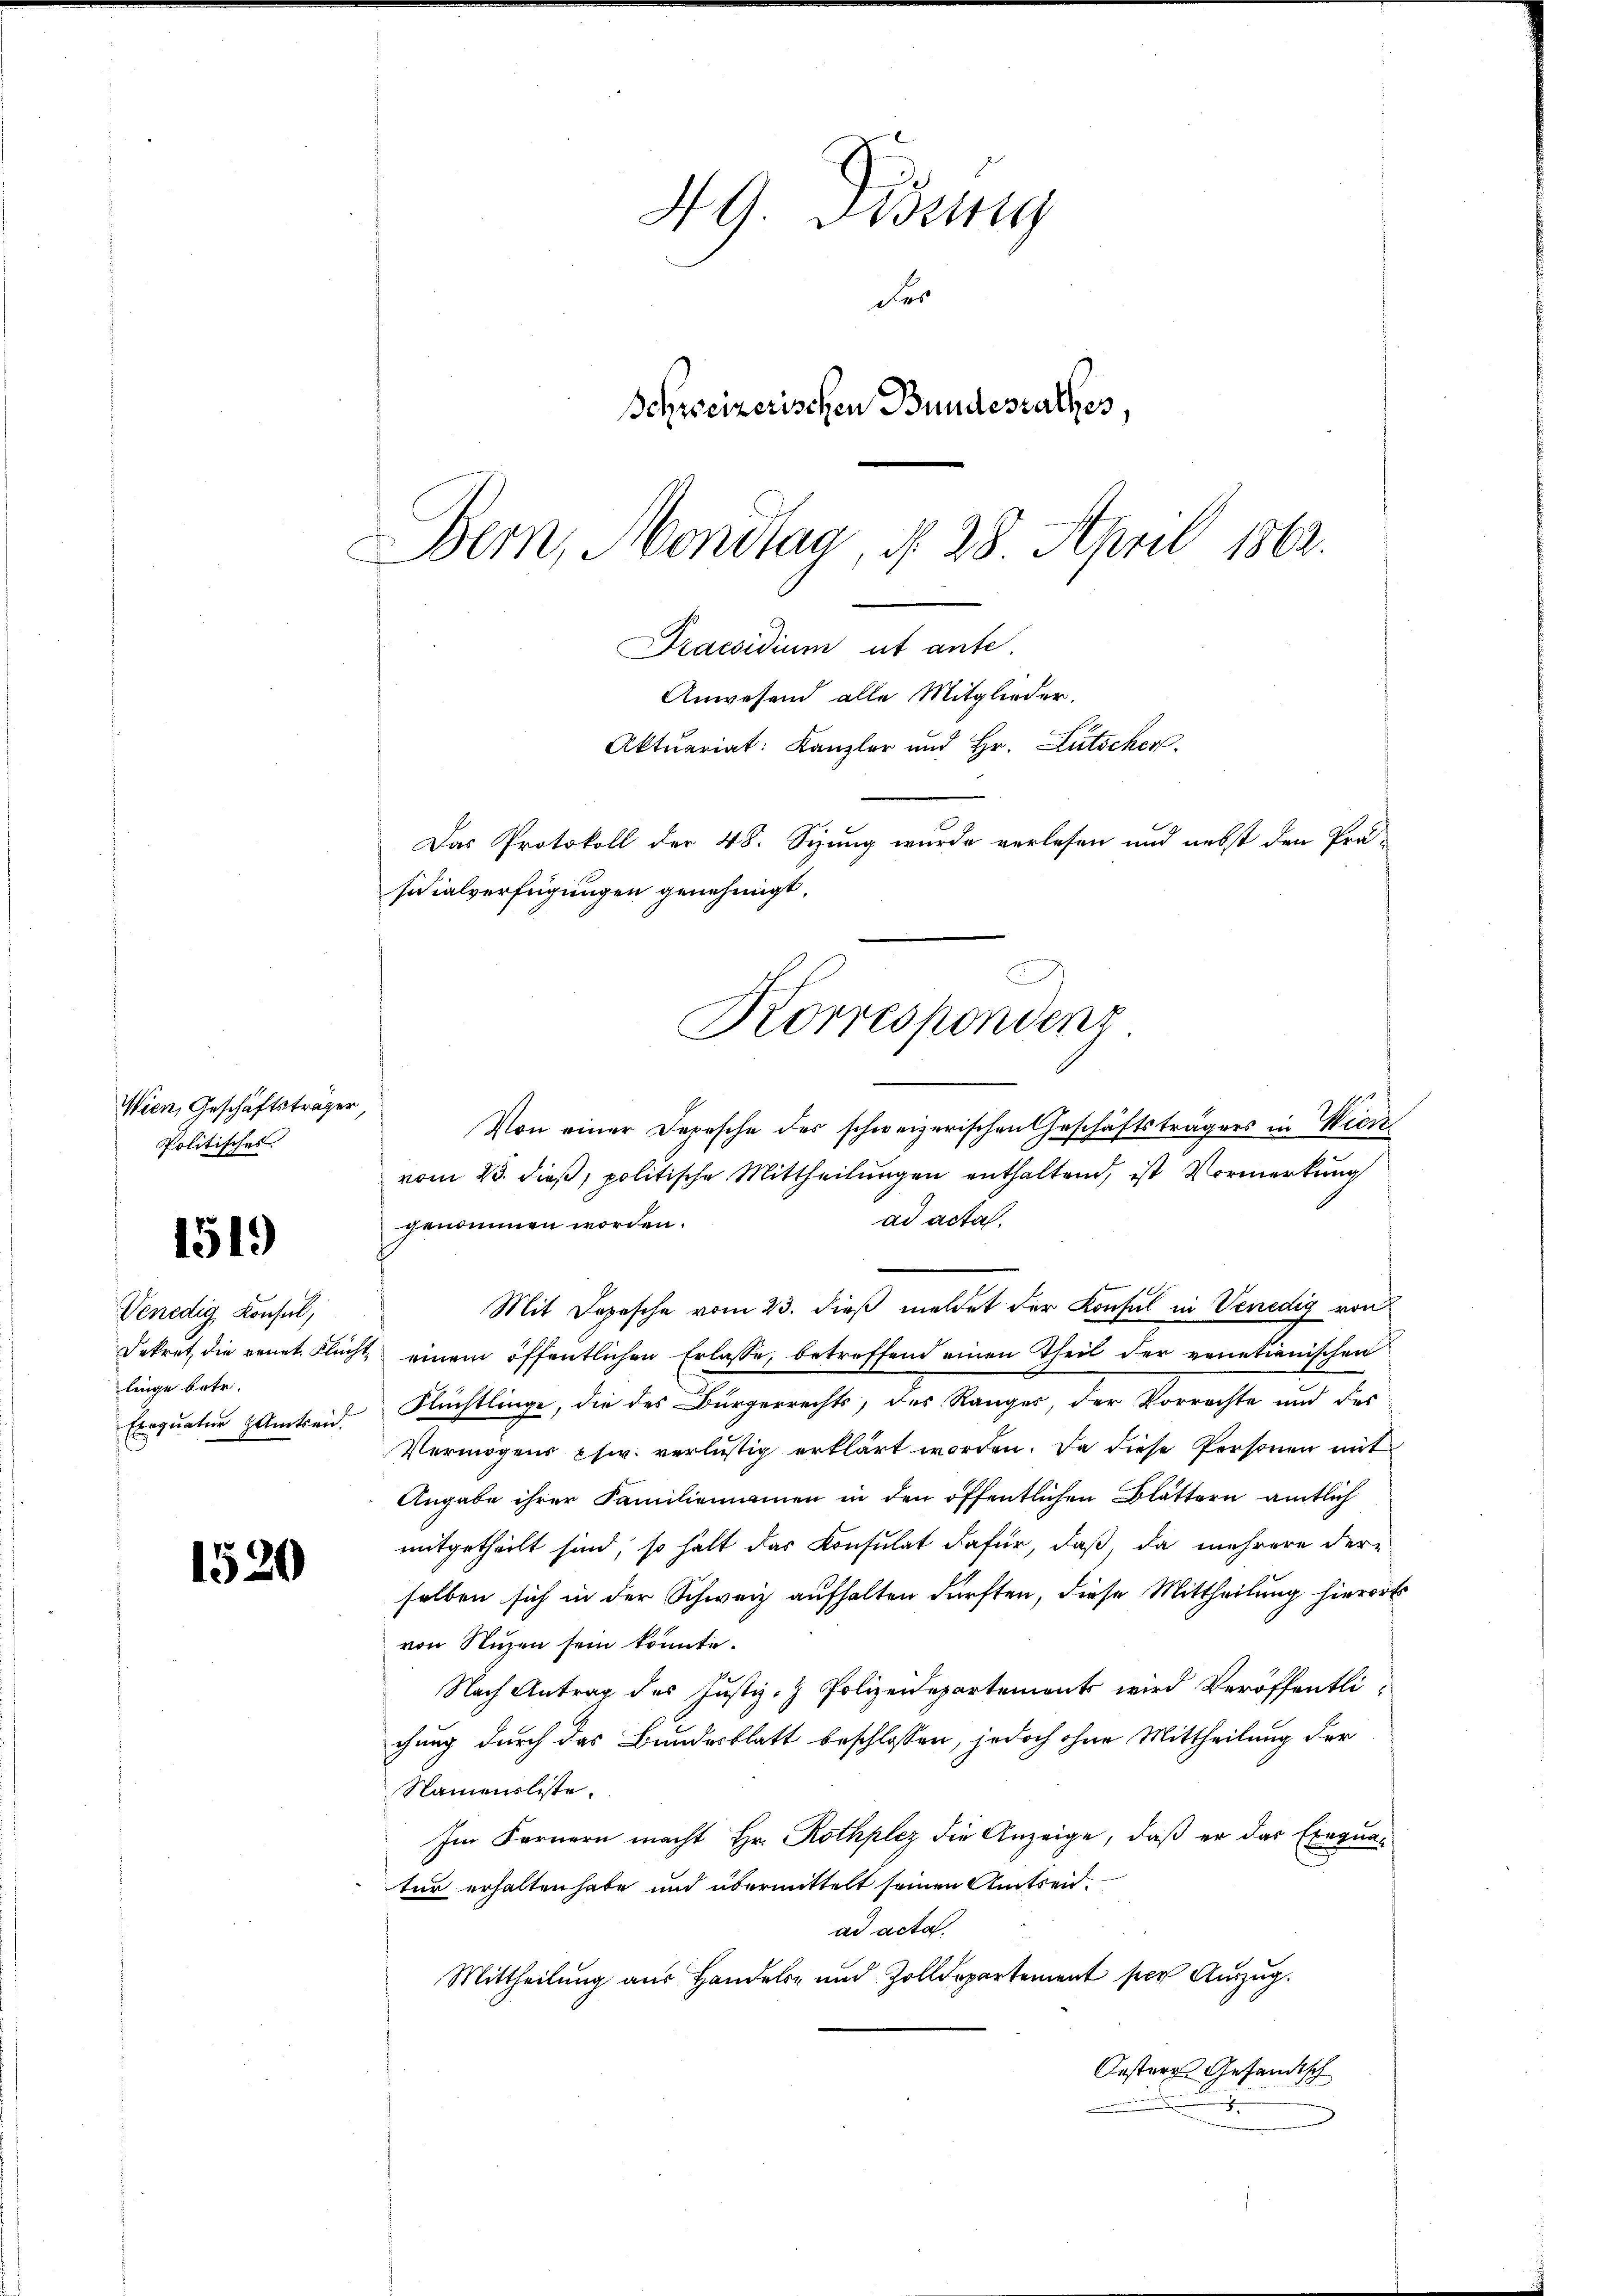
Wien, Geschäftsträger,
Politisches.

1519

Venedig Konsul,
linge betr.
Exequatur gantend.

1520

NG. Bisig
der
Schweizerischen Bundesrathes,
Bern, Montag, d. 28. April 1862.

sicialverfügungen genehmigt.

Von einer Depesche des schweizerischen Geschäftsträgers in Wien
vom 23. dieß, politische Mittheilungen enthaltend, ist Vormerkung
ad acta.
genommen worden.
Mit Depesche vom 23. dieß meldet der Konsul in Venedig von
Dekret die venet. Flucht einem öffentlichen Erlasse, betreffend einen Theil der venetianischen
Flüchtlinge, die des Bürgerrechts, des Ranges, der Vorrechte und des
Vermögens usw. verlustig erklärt worden. Da diese Personen mit
Angabe ihrer Familienannen in den öffentlichen Blättern amtlich
mitgetheilt sind, so halt das Konsulat dafür, daß, da mehrere der-
selben sich in der Schweiz aufhalten dürften, diese Mittheilung hierorts
von Nuzen sein könnte.
Nach Antrag des Justiz- & Polizeidepartement wird Veröffentli
chung durch das Bundesblatt beschlossen, jedoch ohne Mittheilung der
Namensliste.
Im Fernern macht Hr. Rothplez die Anzeige, daß er das Exequatur erhalten habe und übermittelt seinen Amtseid.
ad acta.
Mittheilung aus Handels- und Zolldepartement ser Auszug.
Oester Gesandtsch

Praesidium ut ante.
Anwesend alle Mitglieder.
Aktuariat: Kanzler und Hr. Lütscher
Das Protokoll der 48. Syung wurde verlesen und nebst den Prä¬

Korrespondenz